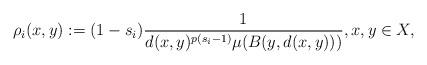
LaTeX: \begin{align*}\rho_i(x,y):=(1-s_i)\frac{1}{d(x,y)^{p(s_i-1)}\mu(B(y,d(x,y)))},x,y\in X,\end{align*}